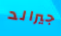
جيرالد